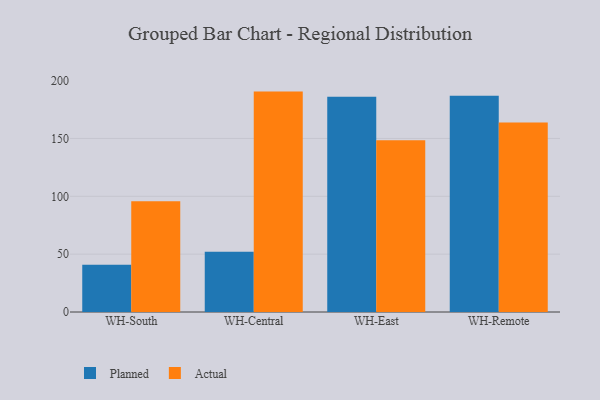
{"axis": {"x": "Warehouse", "y": "Budget (USD K)"}, "legend": ["Actual", "Planned"], "data": [{"x": "WH-South", "y": 40.8, "type": "Planned"}, {"x": "WH-South", "y": 95.8, "type": "Actual"}, {"x": "WH-Central", "y": 52.0, "type": "Planned"}, {"x": "WH-Central", "y": 190.5, "type": "Actual"}, {"x": "WH-East", "y": 186.0, "type": "Planned"}, {"x": "WH-East", "y": 148.4, "type": "Actual"}, {"x": "WH-Remote", "y": 186.9, "type": "Planned"}, {"x": "WH-Remote", "y": 163.8, "type": "Actual"}]}